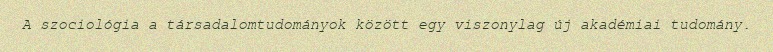
A szociológia a társadalomtudományok között egy viszonylag új akadémiai tudomány.